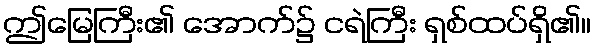
ဤမြေကြီး၏ အောက်၌ ငရဲကြီး ရှစ်ထပ်ရှိ၏။